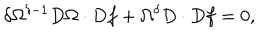
\delta \Omega ^ { \delta - 1 } D \Omega \cdot D f + \Omega ^ { \delta } D \cdot D f = 0 ,